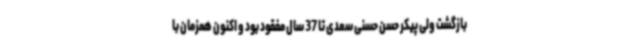
بازگشت ولی پیکر حسن حسنی سعدی تا 37 سال مفقود بود و اکنون همزمان با